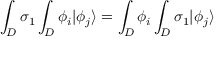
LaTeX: \int _ { D } \sigma _ { 1 } \int _ { D } \phi _ { i } | \phi _ { j } \rangle = \int _ { D } \phi _ { i } \int _ { D } \sigma _ { 1 } | \phi _ { j } \rangle \,